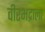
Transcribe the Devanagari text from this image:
वीरभद्राला